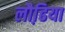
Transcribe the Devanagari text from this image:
लौढि़या